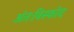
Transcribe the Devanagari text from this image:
अंतःविस्फोद